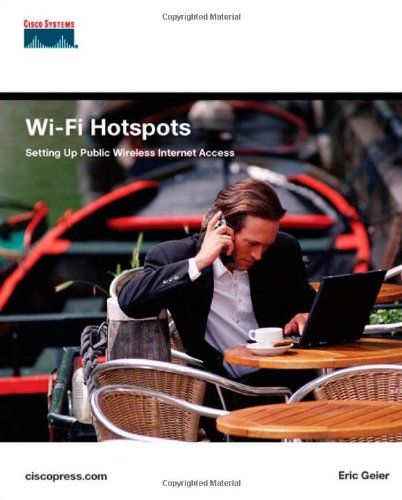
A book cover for Wi-Fi Hotspots: Setting Up Public Wireless Internet Access; Eric Geier; Computers & Technology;